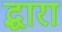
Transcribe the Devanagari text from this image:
द्धारा